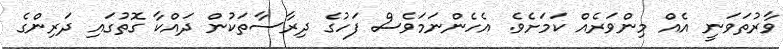
ވާރުތަވަނީ އެއް މިންވަރެއް ކަމަށެވެ. އެހެންނަމަވެސް ފަހުގެ ދިރާސާތަކުން ދައްކާ ގޮތުގައި ދަރިންގެ